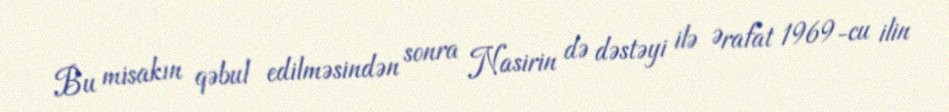
Bu misakın qəbul edilməsindən sonra Nasirin də dəstəyi ilə Ərafat 1969-cu ilin